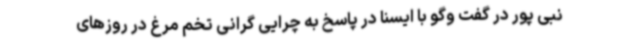
نبی پور در گفت وگو با ایسنا در پاسخ به چرایی گرانی تخم مرغ در روزهای